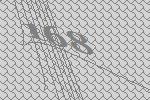
168